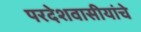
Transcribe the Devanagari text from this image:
परदेशवासीयांचे